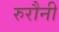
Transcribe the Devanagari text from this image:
रुरौनी